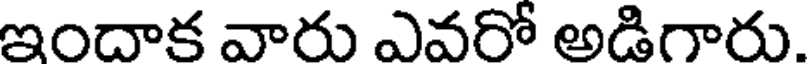
ఇందాక వారు ఎవరో అడిగారు.